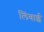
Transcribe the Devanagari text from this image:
लिंबाई